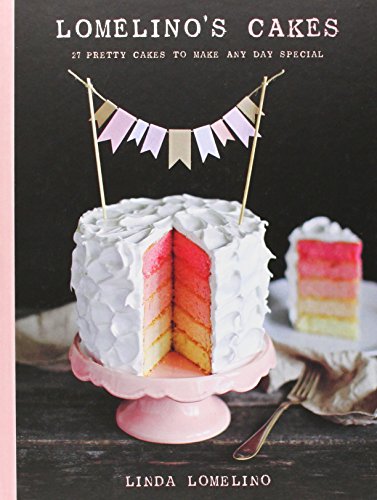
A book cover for Lomelino's Cakes: 27 Pretty Cakes to Make Any Day Special; Linda Lomelino; Cookbooks, Food & Wine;